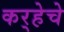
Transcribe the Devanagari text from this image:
कर्‍हेचे